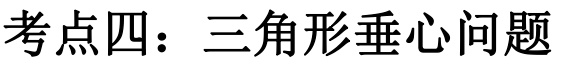
考点四：三角形垂心问题